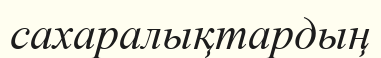
сахаралықтардың